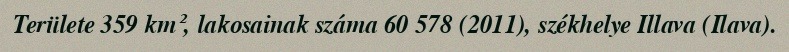
Területe 359 km², lakosainak száma 60 578 (2011), székhelye Illava (Ilava).